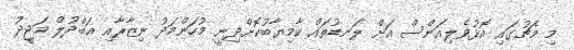
މި މެޗުގައި އޮޅުވެލިއަންސް އަށް ލަނޑުތައް ކާމިޔާބުކޮށްދިނީ މުހަންމަދު ނިޒާރާއި އަބްދުލް މަޖީދު